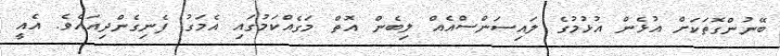
ބޭނުންގޮތަކަށް އުޅެން އުޅުމުގެ ލައިސަންސްއެއް ލިބެން އޮތް މަގެއްކަމުގައި އެމަގު ފެނިގެންދިއައެވެ. އެއީ